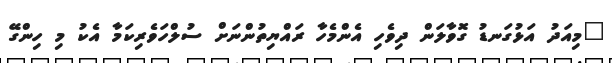
"މިއަދު އަޅުގަނޑު ގޮވާލަން ދިވެހި އެންމެހާ ރައްޔިތުންނަށް ސުލްހަވެރިކަމާ އެކު މި ހިންގޭ